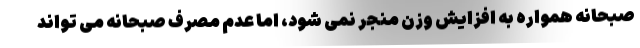
صبحانه همواره به افزایش وزن منجر نمی شود، اما عدم مصرف صبحانه می تواند